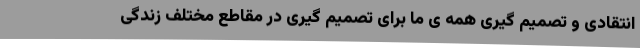
انتقادی و تصمیم گیری همه ی ما برای تصمیم گیری در مقاطع مختلف زندگی